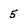
Character: 5